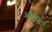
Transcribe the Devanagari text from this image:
भामन